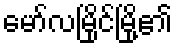
မော်လမြိုင်မြို့၏